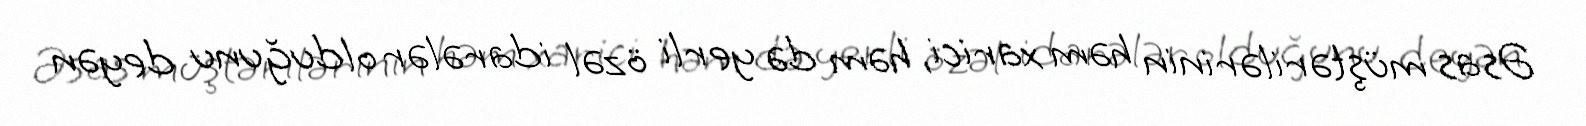
Əsas müştərilərinin həm xarici, həm də yerli özəl idarələr olduğunu deyən